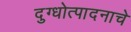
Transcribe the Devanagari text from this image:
दुग्धोत्पादनाचे